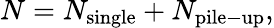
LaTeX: N=N_{\mathrm{single}}+N_{\mathrm{pile-up}},